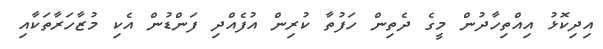
އިދިކޮޅު އިއްތިހާދުން މީގެ ދެތިން ހަފުތާ ކުރިން އުފެއްދި ފަންޑުން އެކި މުޒާހަރާތަކާއި